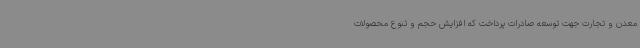
معدن و تجارت جهت توسعه صادرات پرداخت که افزایش حجم و تنوع محصولات